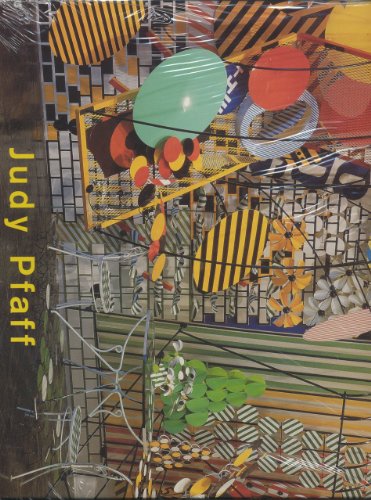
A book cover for Judy Pfaff; Irving Sandler; Arts & Photography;